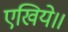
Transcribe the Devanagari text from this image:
एखिये॥